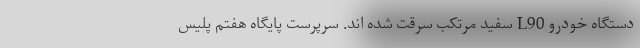
دستگاه خودرو L90 سفید مرتکب سرقت شده اند. سرپرست پایگاه هفتم پلیس